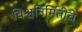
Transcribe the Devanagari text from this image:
विश्वनिर्मितीचे